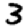
Digit: 3